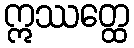
ဣဿတ္ထေ